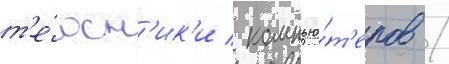
т'е́хн'ик'и / компью́т'еров /